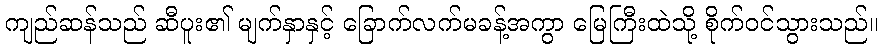
ကျည်ဆန်သည် ဆီပူး၏ မျက်နှာနှင့် ခြောက်လက်မခန့်အကွာ မြေကြီးထဲသို့ စိုက်ဝင်သွားသည်။